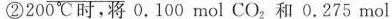
②200℃时，将0.100mol CO_{2}和0.275mol